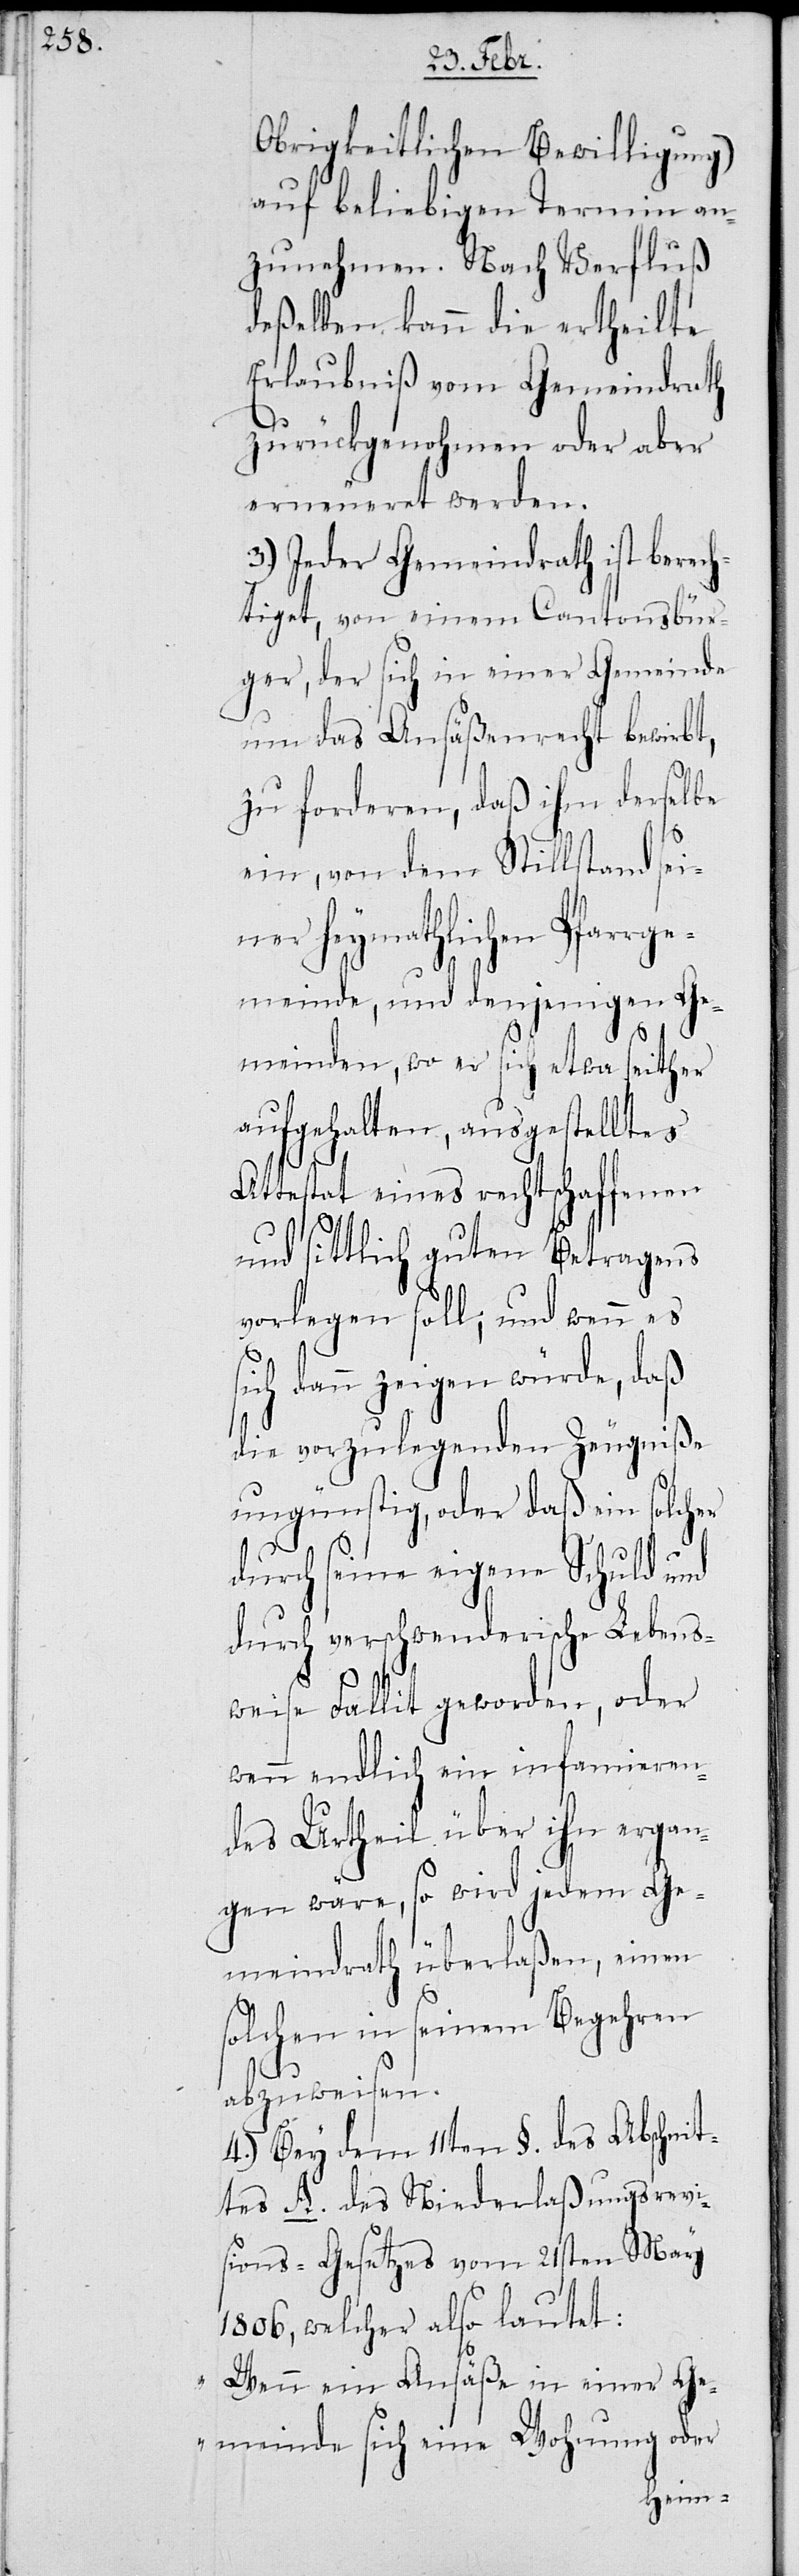
Obrigkeitlichen Bewilligung)
auf beliebigen Termin an¬
zunehmen. Nach Verfluß
deßelben kann die ertheilte
Erlaubniß vom Gemeindrath
zurückgenohmen oder aber
erneueret werden.
3.) Jeder Gemeindrath ist berech¬
tiget, von einem Cantonsbür¬
ger, der sich in einer Gemeinde
um das Ansäßenrecht bewirbt,
zu forderen, daß ihm derselbe
ein, von dem Stillstand sei¬
ner heymathlichen Pfarrge¬
meinde, und denjenigen Ge¬
meinden, wo er sich etwa seither
aufgehalten, ausgestelltes
Attestat eines rechtschaffenen
und sittlich guten Betragens
vorlegen soll; und wenn es
ich dann zeigen würde, daß
die vorzulegenden Zeugniße
ungünstig, oder daß ein solcher
durch seine eigene Schuld und
durch verschwenderische Lebens¬
s¬
weise Fallit geworden, oder
wenn endlich ein infamieren¬
des Urtheil über ihn ergan¬
gen wäre, so wird jedem Ge¬
meindrath überlaßen, einen
solchen in seinem Begehren
abzuweisen.
4.) Bey dem 11ten §. des Abschnit¬
tes A. des Niederlaßungsrevi¬
sions-Gesetzes vom 21sten May
1806, welcher also lautet:
„Wenn ein Ansäße in einer Ge¬
meinde sich eine Wohnung oder